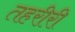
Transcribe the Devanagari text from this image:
तहरीरी